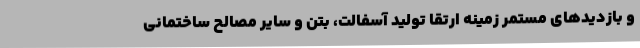
و بازدیدهای مستمر زمینه ارتقا تولید آسفالت، بتن و سایر مصالح ساختمانی